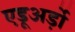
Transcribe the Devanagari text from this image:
एडूअर्ड़ो